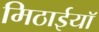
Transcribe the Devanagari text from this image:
मिठाईयाॅ